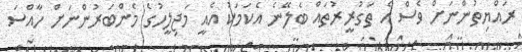
ރައްޔިތުންނަށް ވެސް އެ ތަގުރީރުތައް ބެލޭނެ އެކަމަކު އެއީ މަޖިލީހުގެ މެންބަރުންނަށް ހާއްސަ